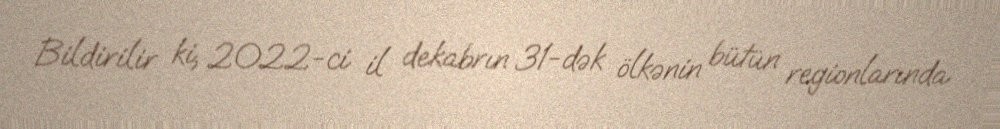
Bildirilir ki, 2022-ci il dekabrın 31-dək ölkənin bütün regionlarında